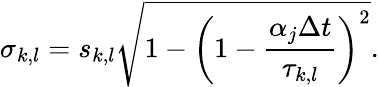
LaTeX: \sigma_{k,l}=s_{k,l}\sqrt{1-\left(1-\frac{\alpha_{j}\Delta t}{\tau_{k,l}}\right)^{2}}.